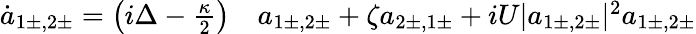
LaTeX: \begin{array}{rl}{\dot{a}_{1\pm,2\pm}=\left(i\Delta-\frac{\kappa}{2}\right)}&{{}a_{1\pm,2\pm}+\zeta a_{2\pm,1\pm}+iU|a_{1\pm,2\pm}|^{2}a_{1\pm,2\pm}}\end{array}